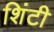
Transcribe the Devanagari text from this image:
शिंटी